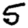
Digit: 5